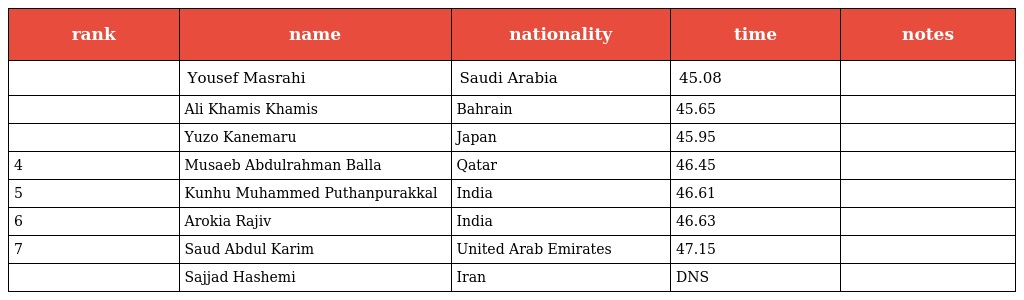
| rank | name | nationality | time | notes |
 | --- | --- | --- | --- | --- |
 |  | Yousef Masrahi | Saudi Arabia | 45.08 |  |
 |  | Ali Khamis Khamis | Bahrain | 45.65 |  |
 |  | Yuzo Kanemaru | Japan | 45.95 |  |
 | 4 | Musaeb Abdulrahman Balla | Qatar | 46.45 |  |
 | 5 | Kunhu Muhammed Puthanpurakkal | India | 46.61 |  |
 | 6 | Arokia Rajiv | India | 46.63 |  |
 | 7 | Saud Abdul Karim | United Arab Emirates | 47.15 |  |
 |  | Sajjad Hashemi | Iran | DNS |  |